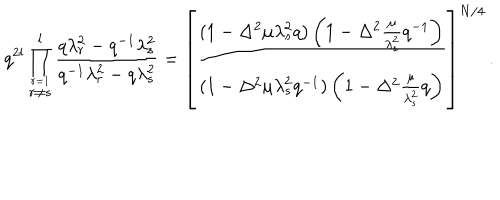
q ^ { 2 l } \prod _ { { \stackrel { r = 1 } { r \not = s } } } ^ { l } \frac { q \lambda _ { r } ^ { 2 } - q ^ { - 1 } \lambda _ { s } ^ { 2 } } { q ^ { - 1 } \lambda _ { r } ^ { 2 } - q \lambda _ { s } ^ { 2 } } = \left[ \frac { ( 1 - \Delta ^ { 2 } \mu \lambda _ { s } ^ { 2 } q ) \left( 1 - \Delta ^ { 2 } \frac { \mu } { \lambda _ { s } ^ { 2 } } q ^ { - 1 } \right) } { ( 1 - \Delta ^ { 2 } \mu \lambda _ { s } ^ { 2 } q ^ { - 1 } ) \left( 1 - \Delta ^ { 2 } \frac { \mu } { \lambda _ { s } ^ { 2 } } q \right) } \right] ^ { N / 4 } \, .